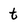
Character: t